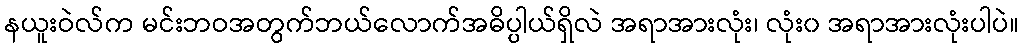
နယူးဝဲလ်က မင်းဘဝအတွက်ဘယ်လောက်အဓိပ္ပါယ်ရှိလဲ အရာအားလုံး၊ လုံး၀ အရာအားလုံးပါပဲ။